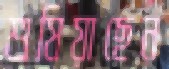
শুষিয়াছেন